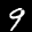
Label: 9